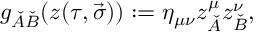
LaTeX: g _ { \check { A } \check { B } } ( z ( \tau , \vec { \sigma } ) ) : = \eta _ { \mu \nu } z _ { \check { A } } ^ { \mu } z _ { \check { B } } ^ { \nu } ,